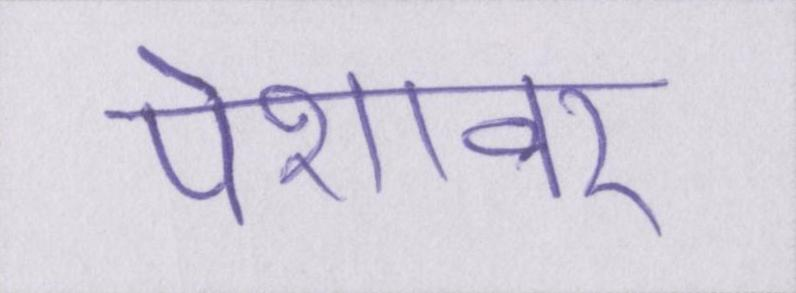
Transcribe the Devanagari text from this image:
पेशावर